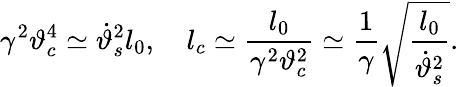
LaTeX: \gamma^{2}\vartheta_{c}^{4}\simeq\dot{\vartheta}_{s}^{2}l_{0},\quad l_{c}\simeq\frac{l_{0}}{\gamma^{2}\vartheta_{c}^{2}}\simeq\frac{1}{\gamma}\sqrt{\frac{l_{0}}{\dot{\vartheta}_{s}^{2}}}.